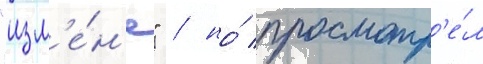
"изм'е́н'е" / но́ просмотр'е́л